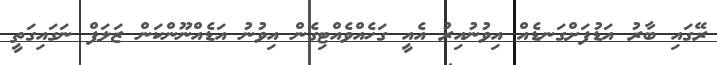
ރޭގައި ބާރު އަޑުފަށްގަނޑެއް އިވުނުއިރު އެއީ ގަހެއްވެއްޓިގެން އިވުނު އަޑެއްނޫންކަން ޒަލަފް ނަގައިގަތީ